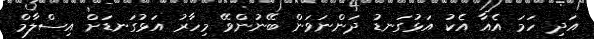
އަދި ހަމަ އެއާ އެކު އަޅުގަނޑު ދަންނަވަން ބޭނުންވޭ މިހާރު އަޅުގަނޑަށް އިސްލާމް